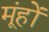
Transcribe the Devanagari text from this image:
मूंहों